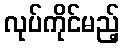
လုပ်ကိုင်မည့်